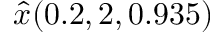
\hat { x } ( 0 . 2 , 2 , 0 . 9 3 5 )